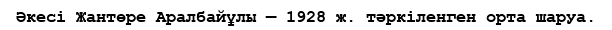
Әкесі Жантөре Аралбайұлы — 1928 ж. тәркіленген орта шаруа.